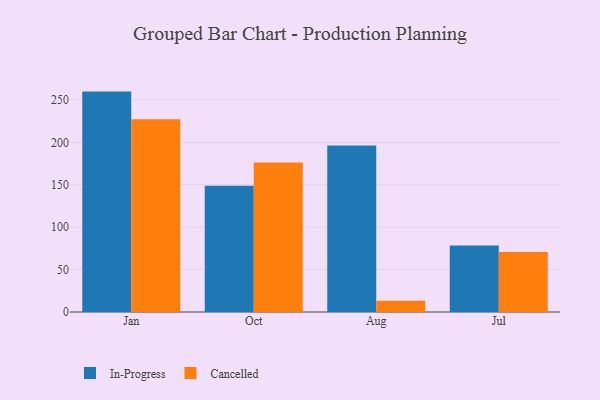
{"axis": {"x": "Month", "y": "Energy Usage (MWh)"}, "legend": ["Cancelled", "In-Progress"], "data": [{"x": "Jan", "y": 259.8, "type": "In-Progress"}, {"x": "Jan", "y": 227.2, "type": "Cancelled"}, {"x": "Oct", "y": 148.9, "type": "In-Progress"}, {"x": "Oct", "y": 176.3, "type": "Cancelled"}, {"x": "Aug", "y": 196.3, "type": "In-Progress"}, {"x": "Aug", "y": 13.3, "type": "Cancelled"}, {"x": "Jul", "y": 78.4, "type": "In-Progress"}, {"x": "Jul", "y": 70.6, "type": "Cancelled"}]}